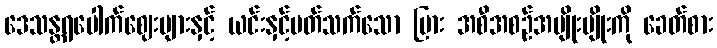
ဒေသန္တရပေါက်ဈေးများနှင့် ယင်းနှင့်ပတ်သက်သော ပြား အစီအစဉ်အမျိုးမျိုးကို ခေတ်စား